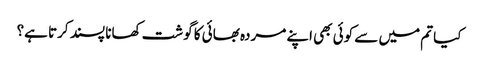
کیا تم میں سے کوئی بھی اپنے مردہ بھائی کا گوشت کھانا پسند کرتا ہے؟